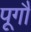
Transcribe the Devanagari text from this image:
पूगौ